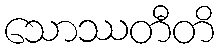
သောဿတီတိ